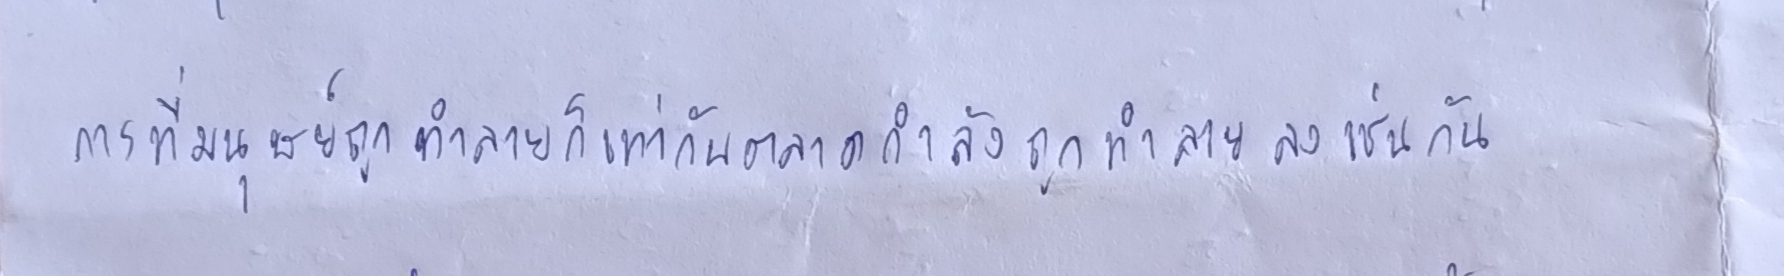
การที่มนุษย์ถูกทำลายก็เท่ากับตลาดกำลังถูกทำลายลงเช่นกัน